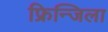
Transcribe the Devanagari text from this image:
फ्रिन्जिला